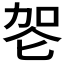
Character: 𰇠